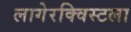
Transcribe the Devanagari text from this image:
लागेरक्विस्टला